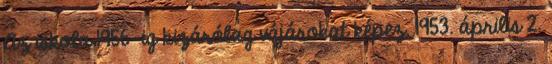
Az iskola 1956-ig kizárólag vájárokat képez. 1953. április 2.